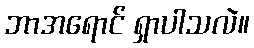
ဘာအရောင် ရှာပါသလဲ။